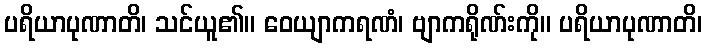
ပရိယာပုဏာတိ၊ သင်ယူ၏။ ဝေယျာကရဏံ၊ ဗျာကရိုဏ်းကို။ ပရိယာပုဏာတိ၊